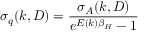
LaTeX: \sigma _ { q } ( k , D ) = \frac { \sigma _ { A } ( k , D ) } { e ^ { E ( k ) \beta _ { H } } - 1 }